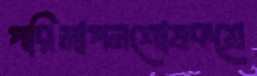
পরিমাপনশোষকশ্রে